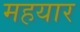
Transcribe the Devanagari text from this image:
महयार